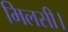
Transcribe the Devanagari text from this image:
मिलसी।